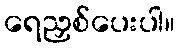
ရေညှစ်ပေးပါ။